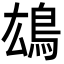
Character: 𩿅